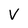
Character: V